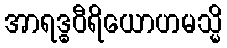
အာရဒ္ဓဝီရိယောဟမသ္မိ